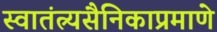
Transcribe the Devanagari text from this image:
स्वातंत्र्यसैनिकाप्रमाणे